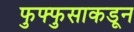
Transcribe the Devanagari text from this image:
फुफ्फुसाकडून